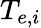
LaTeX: T_{e,i}